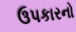
ઉપકારનો